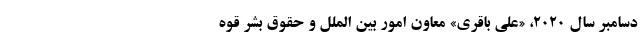
دسامبر سال ۲۰۲۰، «علی باقری» معاون امور بین ‌الملل و حقوق بشر قوه